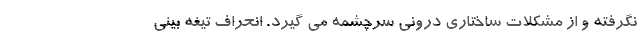
نگرفته و از مشکلات ساختاری درونی سرچشمه می گیرد. انحراف تیغه بینی